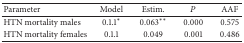
<table><thead><tr><td><b>Parameter</b></td><td><b>Model</b></td><td><b>Estim.</b></td><td><b><i>P</i></b></td><td><b>AAF</b></td></tr></thead><tbody><tr><td>HTN mortality males </td><td>0.1.1*</td><td>0.063**</td><td>0.000</td><td>0.575</td></tr><tr><td>HTN mortality females</td><td> 0.1.1</td><td> 0.049</td><td>0.001</td><td>0.486</td></tr></tbody></table>